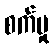
စက်မှု